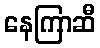
နေကြာဆီ